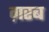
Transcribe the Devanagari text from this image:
ग़रब